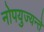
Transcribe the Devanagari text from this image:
नोपयुज्यन्ते